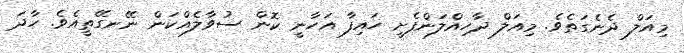
މިއަލް ދެނެގަތެވެ. މިއަލް ދާހިއްލަންފެށީ ހައިފާ އަހާނީ ކޮން ސުވާލެއްކަން ނޭނގޭތީއެވެ. ހާދަ